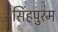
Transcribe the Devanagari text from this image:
सिंहपुरम